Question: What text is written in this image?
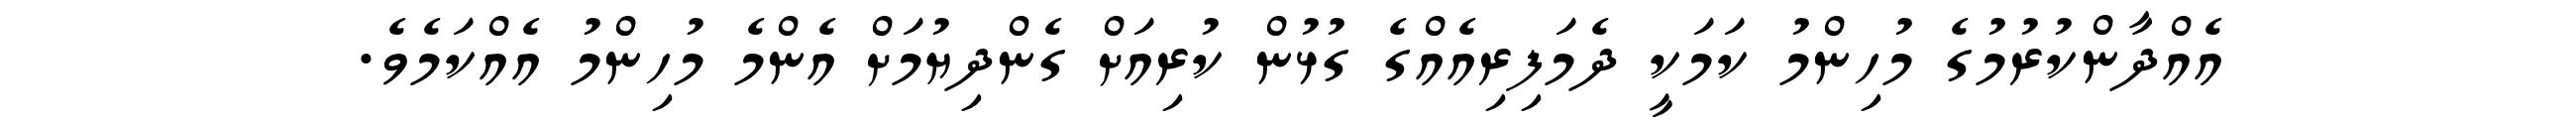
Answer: އެއްދާންކުރުމުގެ މުހިންމު ކަމަކީ ދެމަފިރިއެއްގެ ގުޅުން ކުރިއަށް ގެންދިޔުމަށް އެންމެ މުހިންމު އެއްކަމެވެ.